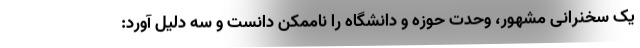
یک سخنرانی مشهور، وحدت حوزه و دانشگاه را ناممکن دانست و سه دلیل آورد: